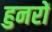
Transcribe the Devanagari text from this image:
हुनरों